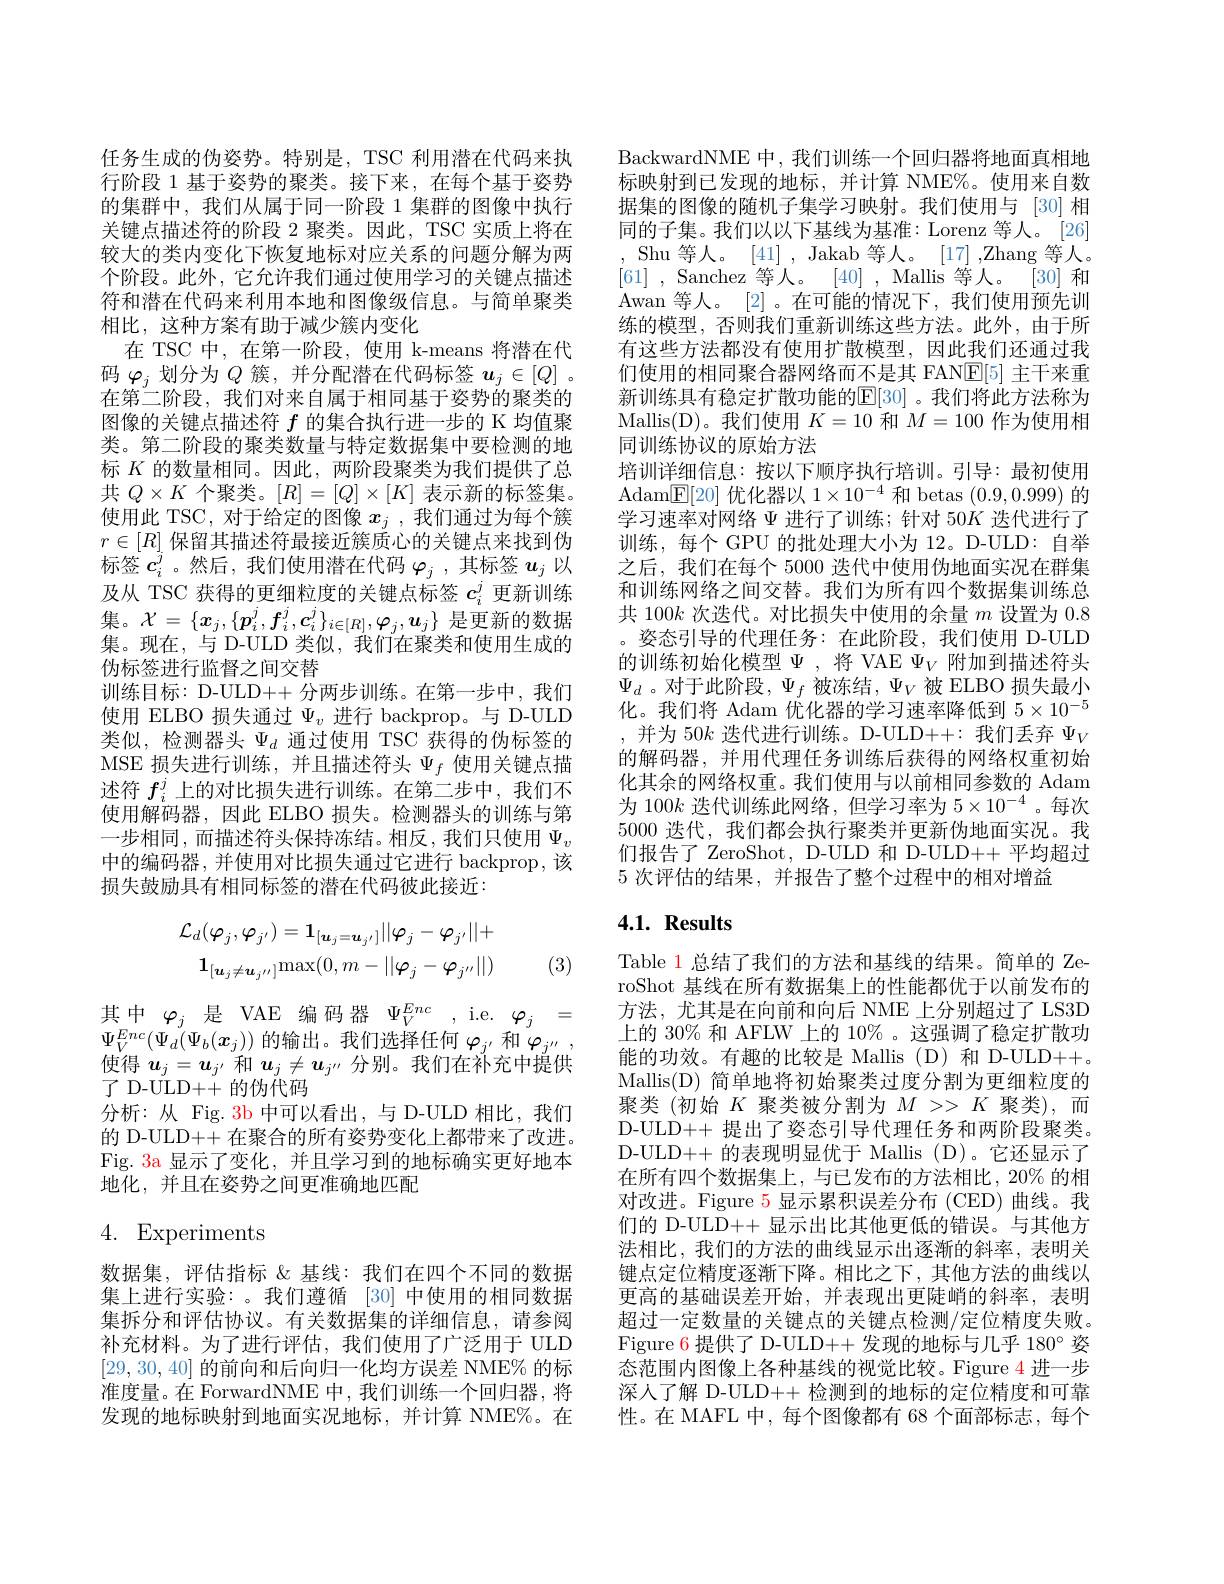
任务生成的伪姿势。特别是，TSC 利用潜在代码来执行阶段 1 基于姿势的聚类。接下来，在每个基于姿势的集群中，我们从属于同一阶段 1 集群的图像中执行关键点描述符的阶段 2 聚类。因此，TSC 实质上将在较大的类内变化下恢复地标对应关系的问题分解为两个阶段。此外，它允许我们通过使用学习的关键点描述符和潜在代码来利用本地和图像级信息。与简单聚类相比，这种方案有助于减少簇内变化
在 TSC 中，在第一阶段，使用 k-means 将潜在代码$\varphi_j$划分为$Q$簇，并分配潜在代码标签$\boldsymbol u_j\in[Q]$ 。在第二阶段，我们对来自属于相同基于姿势的聚类的图像的关键点描述符$f$的集合执行进一步的 K 均值聚类。第二阶段的聚类数量与特定数据集中要检测的地标$K$的数量相同。因此，两阶段聚类为我们提供了总共$Q\times K$个聚类。$[R]=[Q]\times[K]$表示新的标签集。使用此 TSC, 对于给定的图像$x_j$ ,我们通过为每个簇$r\in[R]$保留其描述符最接近簇质心的关键点来找到伪标签$c_i^j$。然后，我们使用潜在代码$\varphi_j$ ,其标签$u_j$以及从 TSC 获得的更细粒度的关键点标签$c_i^j$更新训练集。$\mathcal{X}=\{x_j,\{p_i^j,f_i^j,c_i^j\}_{i\in[R]},\varphi_j,u_j\}$是更新的数据集。现在，与 D-ULD 类似，我们在聚类和使用生成的伪标签进行监督之间交替
训练目标：D-ULD++ 分两步训练。在第一步中，我们使用 ELBO 损失通过$\Psi_v$进行 backprop。与 D-ULD 类似，检测器头$\Psi_d$通过使用 TSC 获得的伪标签的MSE 损失进行训练，并且描述符头$\Psi_f$使用关键点描述符$f_i^j$上的对比损失进行训练。在第二步中，我们不使用解码器，因此 ELBO 损失。检测器头的训练与第一步相同，而描述符头保持冻结。相反，我们只使用$\Psi_v$ 中的编码器，并使用对比损失通过它进行 backprop,该损失鼓励具有相同标签的潜在代码彼此接近：
$$\mathcal{L}_{d}(\varphi_{j},\varphi_{j^{\prime}})=\mathbf{1}_{[\boldsymbol{u}_{j}=\boldsymbol{u}_{j^{\prime}}]}||\varphi_{j}-\varphi_{j^{\prime}}||+\\\mathbf{1}_{[\boldsymbol{u}_{j}\neq\boldsymbol{u}_{j^{\prime\prime}}]}\mathrm{max}(0,m-||\boldsymbol{\varphi}_{j}-\boldsymbol{\varphi}_{j^{\prime\prime}}||)$$
(3)

其中$\varphi_j$是 VAE 编码器$\Psi_V^Enc$,i.e.$\varphi_j=$ $\Psi_{V}^{Enc}(\Psi_{d}(\Psi_{b}(x_{j}))$的输出。我们选择任何$\varphi_j^{\prime}$和$\varphi_{j^{\prime\prime}}$, 使得$u_j=\boldsymbol{u}_j$和$\boldsymbol{u}_j\neq\boldsymbol{u}_{j^{\prime\prime}}$分别。我们在补充中提供了 D-ULD++ 的伪代码
分析：从 Fig. 3b 中可以看出，与 D-ULD 相比，我们的 D-ULD++ 在聚合的所有姿势变化上都带来了改进。Fig. 3a 显示了变化，并且学习到的地标确实更好地本地化，并且在姿势之间更准确地匹配

4. Experiments

数据集，评估指标《基线：我们在四个不同的数据集上进行实验：。我们遵循 [30] 中使用的相同数据集拆分和评估协议。有关数据集的详细信息，请参阅补充材料。为了进行评估，我们使用了广泛用于 ULD [29,30,40]的前向和后向归一化均方误差 NME% 的标准度量。在 ForwardNME 中，我们训练一个回归器，将发现的地标映射到地面实况地标，并计算 NME%。在

$\operatorname{BackwardNME}$中，我们训练一个回归器将地面真相地标映射到已发现的地标，并计算 NME%。使用来自数据集的图像的随机子集学习映射。我们使用与 [30]相同的子集。我们以以下基线为基准：Lorenz 等人。[26] Shu 等人。[41] , Jakab 等人。[17] ,Zhang 等人。[61] , Sanchez 等人。[40] , Mallis 等人。[30]和Awan 等人。[2]。在可能的情况下，我们使用预先训练的模型，否则我们重新训练这些方法。此外，由于所有这些方法都没有使用扩散模型，因此我们还通过我们使用的相同聚合器网络而不是其 FAN$\mathbb{E}[5]$主干来重新训练具有稳定扩散功能的$\mathbb{E}[30]$。我们将此方法称为Mallis(D)。我们使用$K=10$和$M=100$作为使用相同训练协议的原始方法
培训详细信息：按以下顺序执行培训。引导：最初使用Adam$\underline {\mathrm{E} }[ 20]$优化器以$1\times10^-4$和 betas (0.9,0.999)的学习速率对网络$\Psi$进行了训练；针对 50$K$ 迭代进行了训练，每个 GPU 的批处理大小为 12。D-ULD: 自举之后，我们在每个 5000 迭代中使用伪地面实况在群集和训练网络之间交替。我们为所有四个数据集训练总共 100$k$次迭代。对比损失中使用的余量$m$设置为0.8 。姿态引导的代理任务：在此阶段，我们使用 D-ULD 的训练初始化模型$\Psi$ ,将 VAE $\Psi_V$附加到描述符头$\Psi_d$ 。对于此阶段$,\Psi_f$被冻结$,\Psi_V$被 ELBO 损失最小化。我们将 Adam 优化器的学习速率降低到$5\times10^{-5}$ ,并为 50$k$迭代进行训练。D-ULD++:我们丢弃$\Psi_V$ 的解码器，并用代理任务训练后获得的网络权重初始化其余的网络权重。我们使用与以前相同参数的 Adam 为 100$k$迭代训练此网络，但学习率为$5\times10^-4$。每次5000 迭代，我们都会执行聚类并更新伪地面实况。我们报告了 ZeroShot, D-ULD 和 D-ULD++ 平均超过5次评估的结果，并报告了整个过程中的相对增益

# 4.1. Results

Table 1 总结了我们的方法和基线的结果。简单的 ZeroShot 基线在所有数据集上的性能都优于以前发布的方法，尤其是在向前和向后 NME 上分别超过了 LS3D 上的 30% 和 AFLW 上的 10% 。这强调了稳定扩散功能的功效。有趣的比较是 Mallis (D) 和 D-ULD++。Mallis(D) 简单地将初始聚类过度分割为更细粒度的聚类 (初始$K$聚类被分割为$M>>K$聚类),而D-ULD++ 提出了姿态引导代理任务和两阶段聚类。D-ULD++ 的表现明显优于 Mallis (D)。它还显示了在所有四个数据集上，与已发布的方法相比，20% 的相对改进。Figure 5 显示累积误差分布 (CED) 曲线。我们的 D-ULD++ 显示出比其他更低的错误。与其他方法相比，我们的方法的曲线显示出逐渐的斜率，表明关键点定位精度逐渐下降。相比之下，其他方法的曲线以更高的基础误差开始，并表现出更陡峭的斜率，表明超过一定数量的关键点的关键点检测/定位精度失败。Figure 6 提供了 D-ULD++ 发现的地标与几乎 180° 姿态范围内图像上各种基线的视觉比较。Figure 4 进一步深人了解 D-ULD++ 检测到的地标的定位精度和可靠性。在 MAFL 中，每个图像都有 68 个面部标志，每个